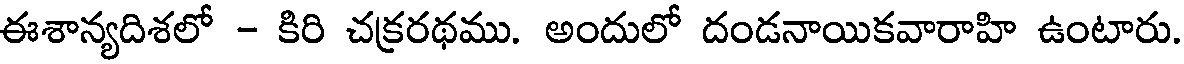
ఈశాన్యదిశలో - కిరి చక్రరథము. అందులో దండనాయికవారాహి ఉంటారు.